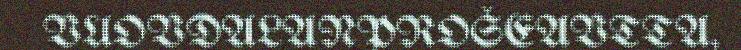
VUOVDALANPROŠEAVTTA,